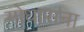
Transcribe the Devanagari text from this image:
गोधासना